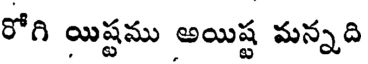
రోగి యిష్టము అయిష్ట మన్నది